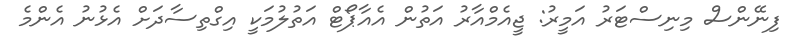
ފިނޭންސް މިނިސްޓަރު އަމީރު: ޖީއެމްއާރު އަތުން އެއާޕޯޓް އަތުލުމަކީ އިގްތިސާދަށް އެޅުނު އެންމެ